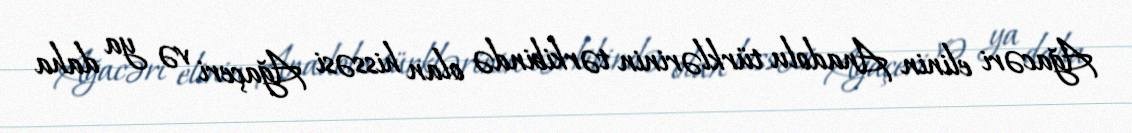
Ağacəri elinin Anadolu türklərinin tərkibində olan hissəsi Ağaçeri və ya daha